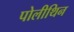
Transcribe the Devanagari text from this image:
पोलीथिन